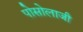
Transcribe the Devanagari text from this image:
पोसोलाजी